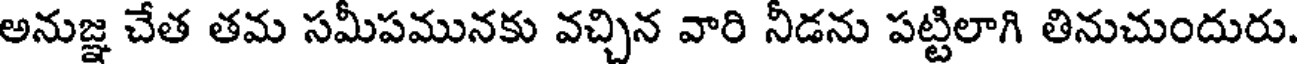
అనుజ్ఞ చేత తమ సమీపమునకు వచ్చిన వారి నీడను పట్టిలాగి తినుచుందురు.